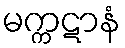
မက္ကဋာနံ